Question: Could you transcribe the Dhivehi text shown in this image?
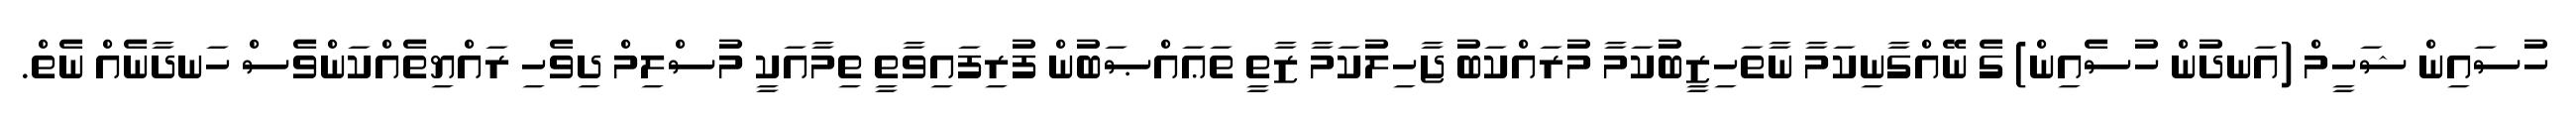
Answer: ހުސައިން ޝަހީމް (އަނދުން ހުސެއިން) ގެ ނޭއްގާނިކަމާ ނާތަހިޒީބުކަމާ މުރައްކަބު ޖާހިލުކަމާ ޒާތީ ތަޢައްޞަބުން ފުރިފައިވާތީ ތިމާއަކީ މުސްލިމް ދިވެހި ރައްޔިތެއްކަންވެސް ހަނދާނެއް ނެތް.